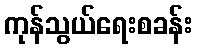
ကုန်သွယ်ရေးစခန်း